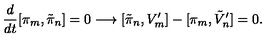
\frac { d } { d t } [ \pi _ { m } , \tilde { \pi } _ { n } ] = 0 \longrightarrow [ \tilde { \pi } _ { n } , V _ { m } ^ { \prime } ] - [ \pi _ { m } , \tilde { V } _ { n } ^ { \prime } ] = 0 .